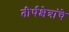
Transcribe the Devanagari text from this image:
तीर्थक्षेत्रांचे